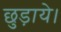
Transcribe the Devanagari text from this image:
छुड़ाये।